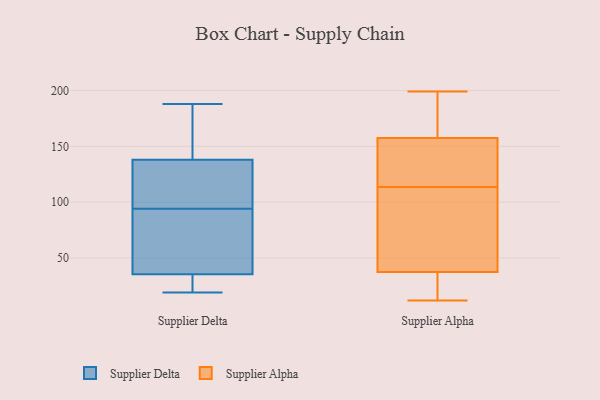
{"axis": {"x": "Production Output", "y": "Value"}, "legend": ["Supplier Alpha", "Supplier Delta"], "data": [{"x": "", "y": 42, "type": "Supplier Delta"}, {"x": "", "y": 29, "type": "Supplier Delta"}, {"x": "", "y": 47, "type": "Supplier Delta"}, {"x": "", "y": 96, "type": "Supplier Delta"}, {"x": "", "y": 101, "type": "Supplier Delta"}, {"x": "", "y": 166, "type": "Supplier Delta"}, {"x": "", "y": 188, "type": "Supplier Delta"}, {"x": "", "y": 23, "type": "Supplier Delta"}, {"x": "", "y": 113, "type": "Supplier Delta"}, {"x": "", "y": 163, "type": "Supplier Delta"}, {"x": "", "y": 92, "type": "Supplier Delta"}, {"x": "", "y": 19, "type": "Supplier Delta"}, {"x": "", "y": 12, "type": "Supplier Alpha"}, {"x": "", "y": 98, "type": "Supplier Alpha"}, {"x": "", "y": 136, "type": "Supplier Alpha"}, {"x": "", "y": 60, "type": "Supplier Alpha"}, {"x": "", "y": 28, "type": "Supplier Alpha"}, {"x": "", "y": 154, "type": "Supplier Alpha"}, {"x": "", "y": 20, "type": "Supplier Alpha"}, {"x": "", "y": 129, "type": "Supplier Alpha"}, {"x": "", "y": 161, "type": "Supplier Alpha"}, {"x": "", "y": 135, "type": "Supplier Alpha"}, {"x": "", "y": 67, "type": "Supplier Alpha"}, {"x": "", "y": 27, "type": "Supplier Alpha"}, {"x": "", "y": 199, "type": "Supplier Alpha"}, {"x": "", "y": 54, "type": "Supplier Alpha"}, {"x": "", "y": 188, "type": "Supplier Alpha"}, {"x": "", "y": 38, "type": "Supplier Alpha"}, {"x": "", "y": 37, "type": "Supplier Alpha"}, {"x": "", "y": 172, "type": "Supplier Alpha"}, {"x": "", "y": 167, "type": "Supplier Alpha"}, {"x": "", "y": 143, "type": "Supplier Alpha"}]}